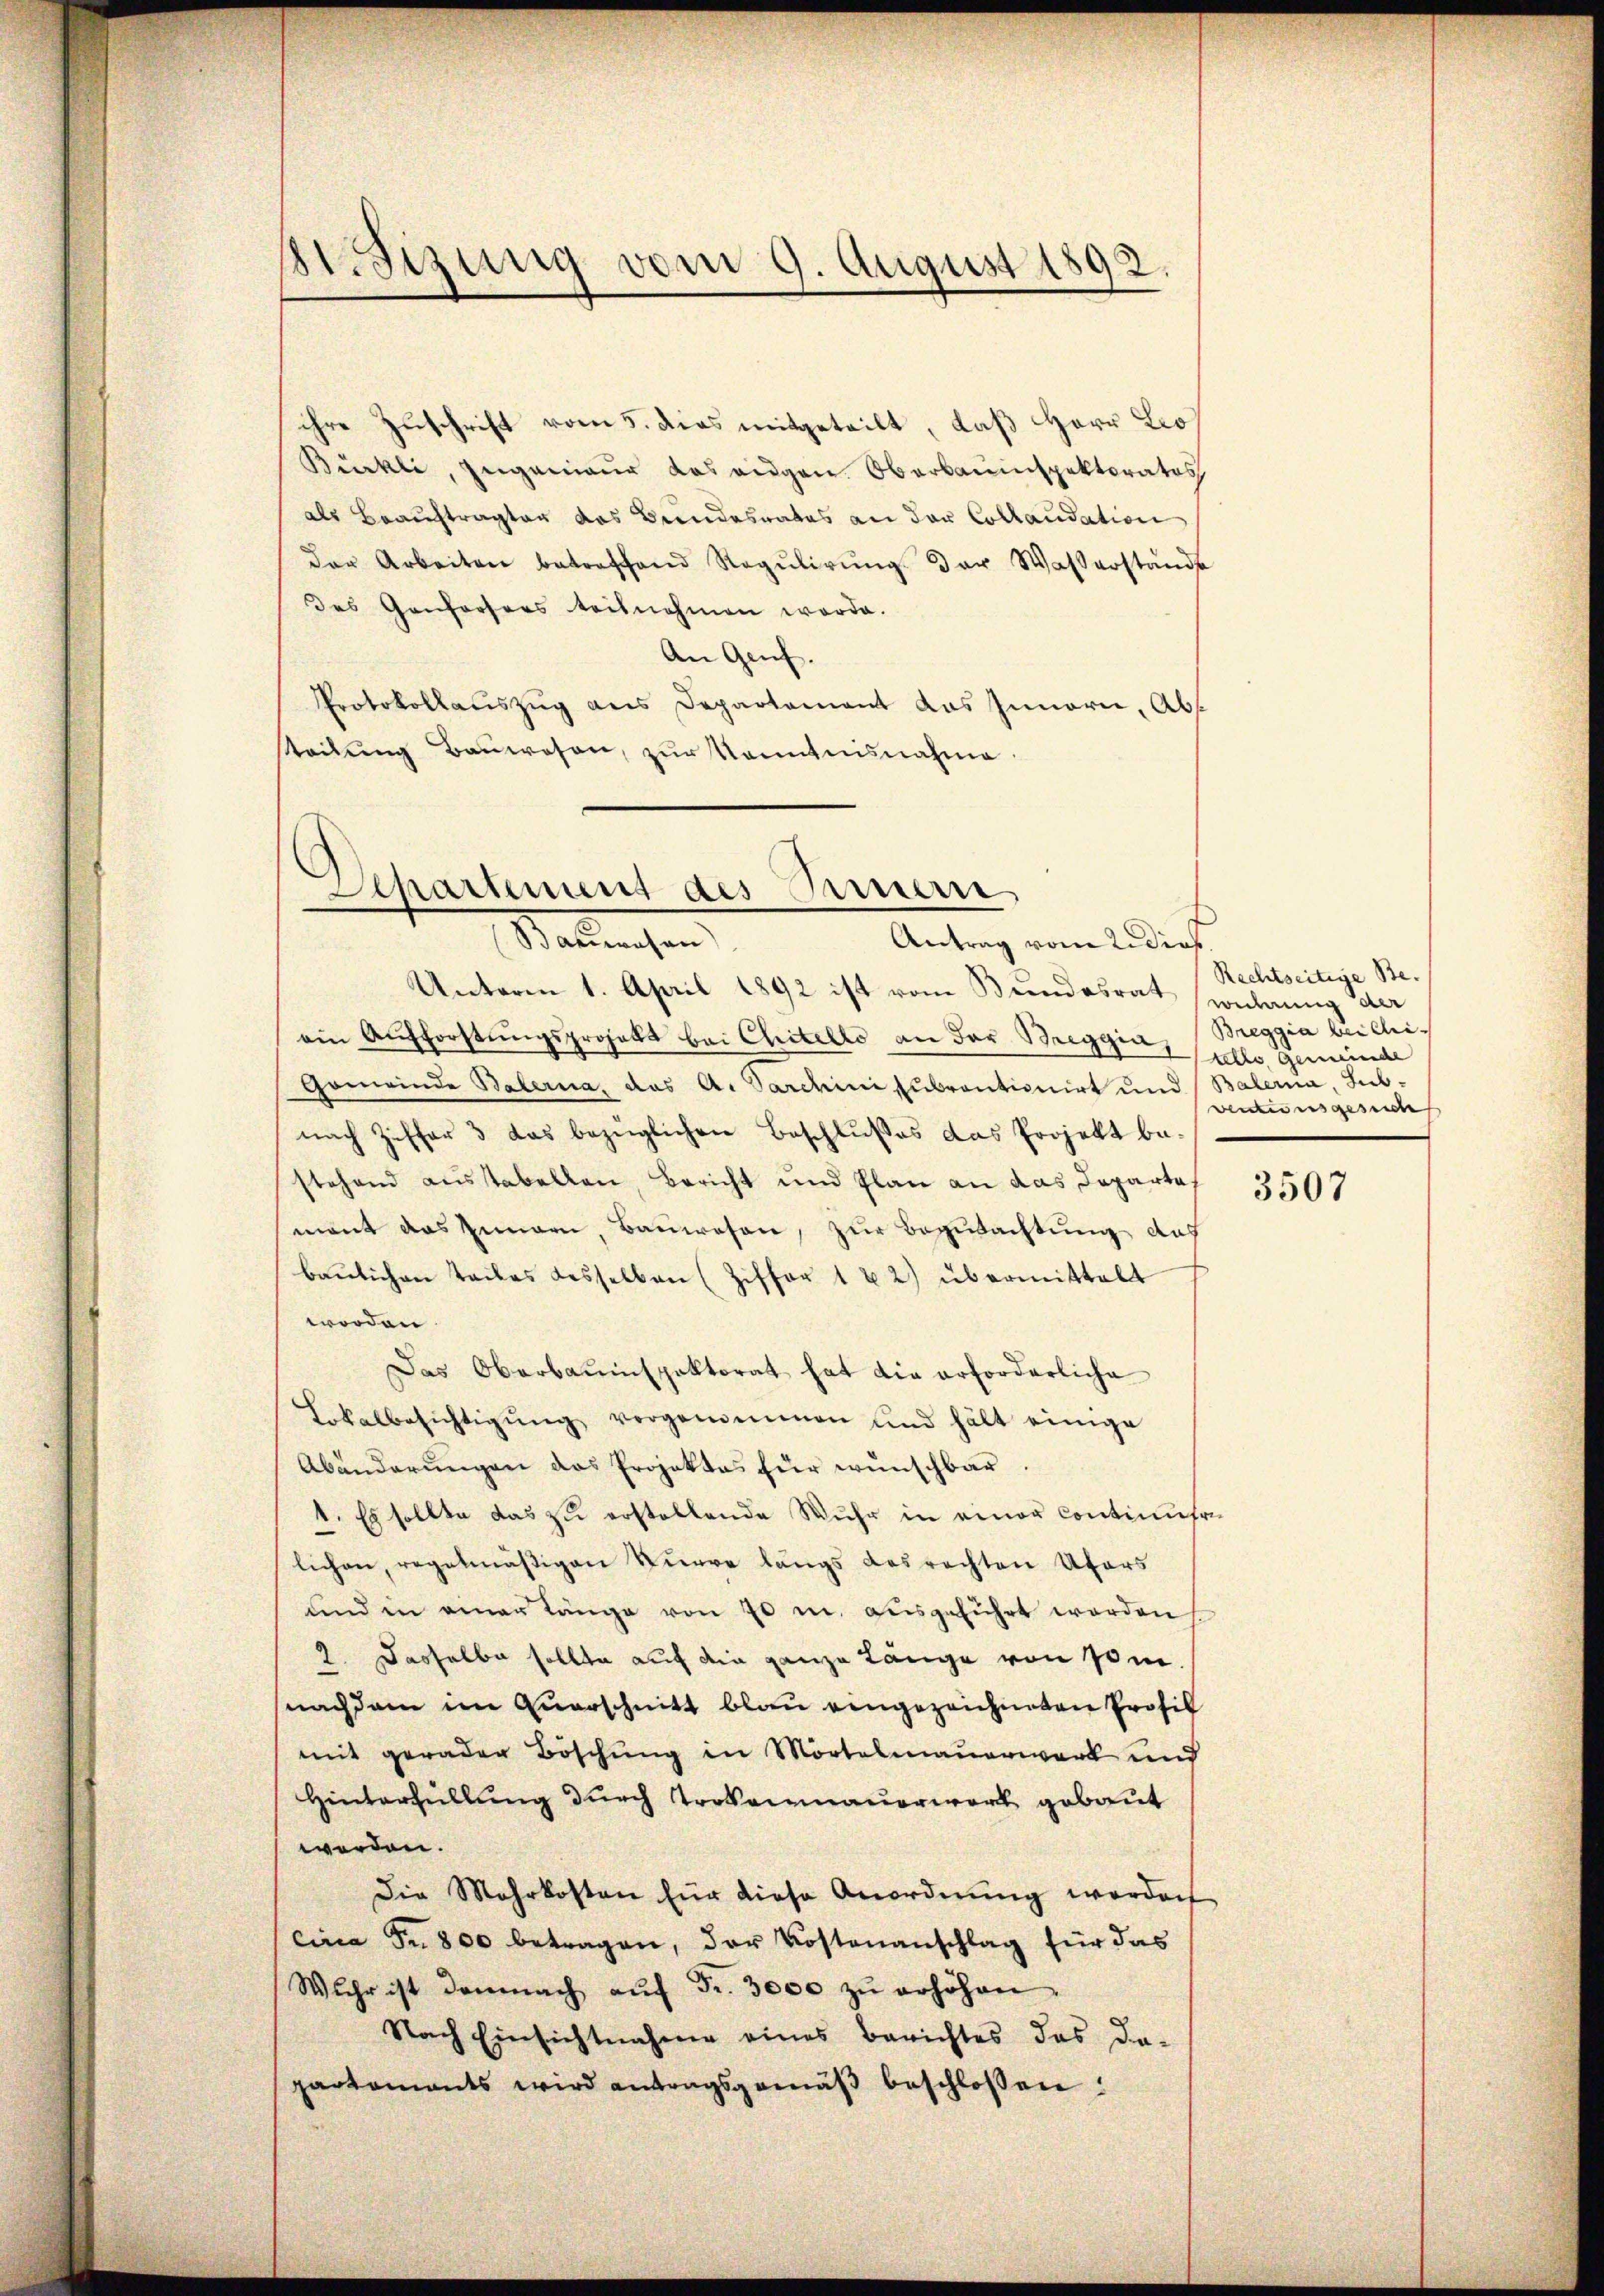
Besizung vom 9. August 1892.

ihre Zuschrift vom 5. dies mitgeteilt, daß Herr Leo¬
Bürkli, Zugenieur das angen. Oberbauinspektoratos
als Beauftragter das Bundesrates an der Collaudation
der Arbeiten betreffend Regŭlirŭng der Wasserstände
des Gonforsers teilnehmen worde.
An Genf.
Protokollauszug aus Departement das Innern, Abs
tteilung Baŭwesen, zur Kenntnisnahme

Departement des Fernern
Stalleichen
Antrag vom 2. dies

Unterm 1. April 1892 ist vom Bundesrat sonlang der
ein Aufforstŭngsprojekt bei Chitello an der Breggia, Breggia bei chi¬
Gemeinde Balerna, das A. Sardini subroutionirt und Balerna, Sub-
nach Ziffer 3 das bezüglichen Beschlußes das Projekt bestehend ausstabellen, Bericht und Plan an das Departa
mant das Innern, Bauwesen, zur Begutachtung aus
baŭlichen Teiles desselben (Ziffer 182) übermittelt
worden.
Das Oberbauinspektorat hat die erforderliche
Lokalbesichtigŭng vorgemeinen und hält einige
Abänderungen das Projektes für wünschbar.
1. Es sollte das zu erstellende Wuhr in einer Continuerilichen, regelmäßigen Surve längs des rechten Ufers
und in einer Länge von 70 in ausgeführt werden
2. Dasselbe sollte auf die ganze Länge von som
nachdem im Querschnitt blau eingezeichneten Profil
mit gerader Böschung in Mörtelmauerwerk und
Hinterfüllung durch Trokenmauerwerk gebaut
werden.
Die Mehrkosten für diese Anordnŭng worden
circa Fr. 800 betragen, der Kostenanschlag für das
Wehr ist demnach aŭf Fr. 3000 zŭ erhöhen
Nach Einsichtnahme eines Berichtes das da-
partements wird antragsgemäβ beschlossen:

Rechtseitige Be-
telle gemeinde
ventionsgesuche

3507